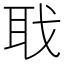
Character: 聀